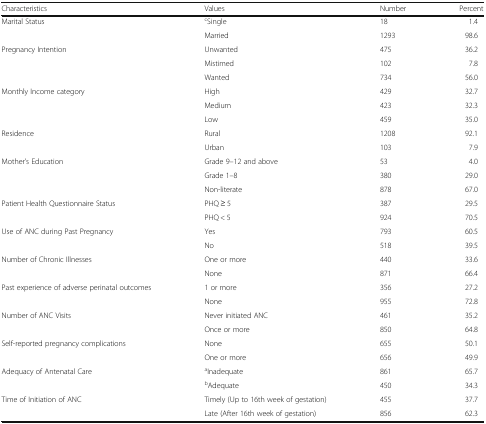
| Characteristics | Values | Number | Percent |
 | --- | --- | --- | --- |
 | <ROWSPAN=2> Marital Status | cSingle | 18 | 1.4 |
 | Married | 1293 | 98.6 |
 | <ROWSPAN=3> Pregnancy Intention | Unwanted | 475 | 36.2 |
 | Mistimed | 102 | 7.8 |
 | Wanted | 734 | 56.0 |
 | <ROWSPAN=3> Monthly Income category | High | 429 | 32.7 |
 | Medium | 423 | 32.3 |
 | Low | 459 | 35.0 |
 | <ROWSPAN=2> Residence | Rural | 1208 | 92.1 |
 | Urban | 103 | 7.9 |
 | <ROWSPAN=3> Mother’s Education | Grade 9–12 and above | 53 | 4.0 |
 | Grade 1–8 | 380 | 29.0 |
 | Non-literate | 878 | 67.0 |
 | <ROWSPAN=2> Patient Health Questionnaire Status | PHQ ≥ 5 | 387 | 29.5 |
 | PHQ < 5 | 924 | 70.5 |
 | <ROWSPAN=2> Use of ANC during Past Pregnancy | Yes | 793 | 60.5 |
 | No | 518 | 39.5 |
 | <ROWSPAN=2> Number of Chronic Illnesses | One or more | 440 | 33.6 |
 | None | 871 | 66.4 |
 | <ROWSPAN=2> Past experience of adverse perinatal outcomes | 1 or more | 356 | 27.2 |
 | None | 955 | 72.8 |
 | <ROWSPAN=2> Number of ANC Visits | Never initiated ANC | 461 | 35.2 |
 | Once or more | 850 | 64.8 |
 | <ROWSPAN=2> Self-reported pregnancy complications | None | 655 | 50.1 |
 | One or more | 656 | 49.9 |
 | <ROWSPAN=2> Adequacy of Antenatal Care | aInadequate | 861 | 65.7 |
 | bAdequate | 450 | 34.3 |
 | <ROWSPAN=2> Time of Initiation of ANC | Timely (Up to 16th week of gestation) | 455 | 37.7 |
 | Late (After 16th week of gestation) | 856 | 62.3 |